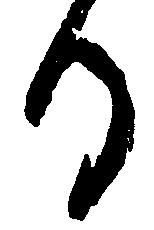
る